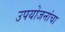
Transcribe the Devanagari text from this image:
उपयोजनांचा